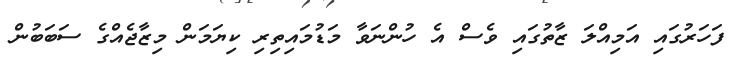
ފަހަރުގައި އަމިއްލަ ޒާތުގައި ވެސް އެ ހުންނަވާ މަޑުމައިތިރި ކިޔަމަން މިޒާޖެއްގެ ސަބަބުން